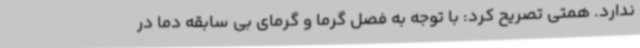
ندارد. همتی تصریح کرد: با توجه به فصل گرما و گرمای بی سابقه دما در